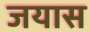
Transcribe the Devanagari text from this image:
जयास